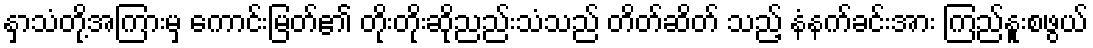
နှာသံတို့အကြားမှ ကောင်းမြတ်၏ တိုးတိုးဆိုညည်းသံသည် တိတ်ဆိတ် သည့် နံနက်ခင်းအား ကြည်နူးစဖွယ်